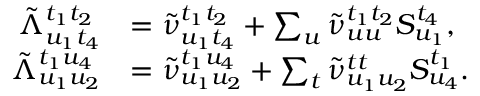
\begin{array} { r l } { \tilde { \Lambda } _ { u _ { 1 } t _ { 4 } } ^ { t _ { 1 } t _ { 2 } } } & { = \tilde { \nu } _ { u _ { 1 } t _ { 4 } } ^ { t _ { 1 } t _ { 2 } } + \sum _ { u } \tilde { \nu } _ { u u } ^ { t _ { 1 } t _ { 2 } } S _ { u _ { 1 } } ^ { t _ { 4 } } , } \\ { \tilde { \Lambda } _ { u _ { 1 } u _ { 2 } } ^ { t _ { 1 } u _ { 4 } } } & { = \tilde { \nu } _ { u _ { 1 } u _ { 2 } } ^ { t _ { 1 } u _ { 4 } } + \sum _ { t } \tilde { \nu } _ { u _ { 1 } u _ { 2 } } ^ { t t } S _ { u _ { 4 } } ^ { t _ { 1 } } . } \end{array}